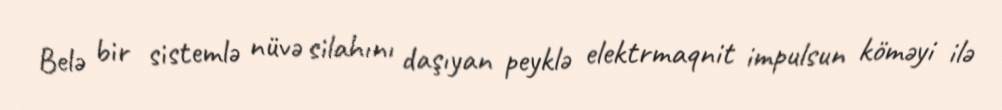
Belə bir sistemlə nüvə silahını daşıyan peyklə elektrmaqnit impulsun köməyi ilə